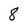
Character: 8